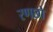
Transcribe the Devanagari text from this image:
रणछो